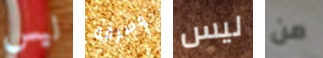
ليس وسرقة ليس من